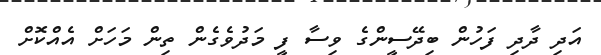
އަދި ދާދި ފަހުން ބިދޭސީންގެ ވިސާ ފީ މަދުވެގެން ތިން މަހަށް އެއްކޮށް